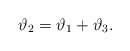
\begin{align*}\vartheta_2 = \vartheta_1+\vartheta_3.\end{align*}